Second report of the anti-malarial operations at Mian Mir, 1901-1903 - Number 9
Year: 1901
Disease focus: Malaria
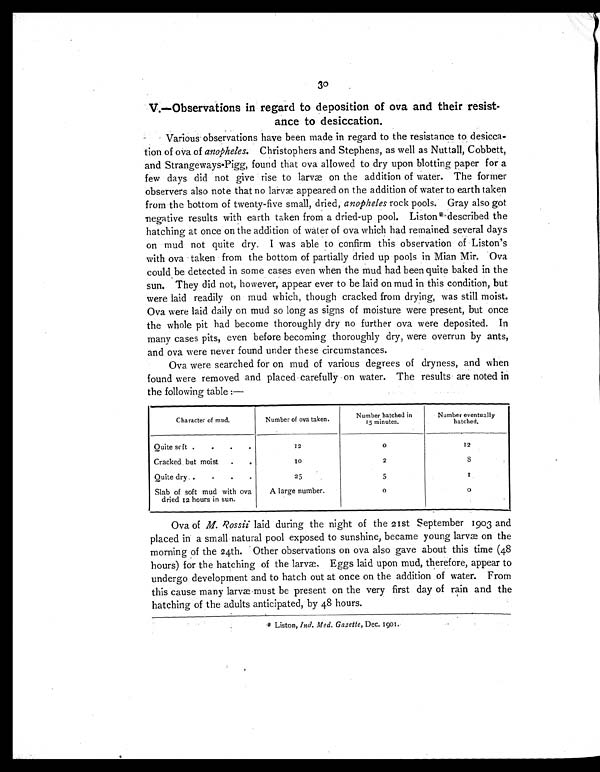
30
V.—Observations in regard to deposition of ova and their resist-
ance to desiccation.
Various observations have been made in regard to the resistance to desicca-
tion of ova of anopheles. Christophers and Stephens, as well as Nuttall, Cobbett,
and Strangeways-Pigg, found that ova allowed to dry upon blotting paper for a
few days did not give rise to larvæ on the addition of water. The former
observers also note that no larvæ appeared on the addition of water to earth taken
from the bottom of twenty-five small, dried, anopheles rock pools. Gray also got
negative results with earth taken from a dried-up pool. Liston * described the
hatching at once on the addition of water of ova which had remained several days
on mud not quite dry. I was able to confirm this observation of Liston's
with ova taken from the bottom of partially dried up pools in Mian Mir. Ova
could be detected in some cases even when the mud had been quite baked in the
sun. They did not, however, appear ever to be laid on mud in this condition, but
were laid readily on mud which, though cracked from drying, was still moist.
Ova were laid daily on mud so long as signs of moisture were present, but once
the whole pit had become thoroughly dry no further ova were deposited. In
many cases pits, even before becoming thoroughly dry, were overrun by ants,
and ova were never found under these circumstances.
Ova were searched for on mud of various degrees of dryness, and when
found were removed and placed carefully on water. The results are noted in
the following table :—
Character of mud.
Number of ova taken.
Number hatched in
1 5
minutes.
numbe r
eventually
hatched.
Quite soft . .
.
.
12
0
12
Cracked but moist..
10
2
8
Quite dry. .
.
.
.
25
5
1
Slab of soft mud with ova
dried 12 hours in sun.
A large number.
0 0
Ova of M. Rossii laid during the night of the 21st September 1903 and
placed in a small natural pool exposed to sunshine, became young larvæ on the
morning of the 24th. Other observations on ova also gave about this time (48
hours) for the hatching of the larvæ. Eggs laid upon mud, therefore, appear to
undergo development and to hatch out at once on the addition of water. From
this cause many larvæ must be present on the very first day of rain and the
hatching of the adults anticipated, by 48 hours.
* Liston, 1nd. Med. Gazette, Dec. 1901.